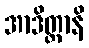
အာဒိတ္တာနိ